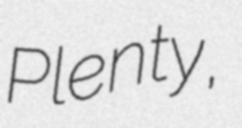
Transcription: Plenty,